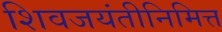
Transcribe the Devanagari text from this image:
शिवजयंतीनिमित्त